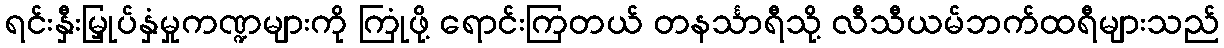
ရင်းနှီးမြှုပ်နှံမှုကဏ္ဍများကို ကြုံဖို့ ရောင်းကြတယ် တနင်္သာရီသို့ လီသီယမ်ဘက်ထရီများသည်